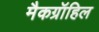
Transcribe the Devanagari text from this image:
मैकग्रॉहिल